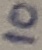
Text: 10